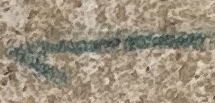
1